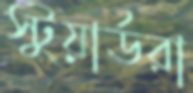
স্টুয়ার্ডরা